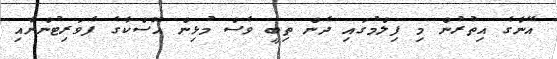
އޭނާގެ އިތުރުން މި ފިލްމުގައި ދެން ތިބީ ވެސް މުޅިން އޮސްކާގެ ފެވަރިޓުންނާއި